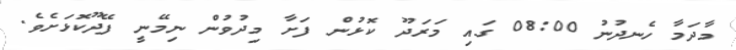
މާދަމާ ހެނދުނު 08:00 ގައި މަރަދޫ ކޮޅުން ފަށާ މިދުވުން ނިމޭނީ ފޭދޫކޮޅަށެވެ.